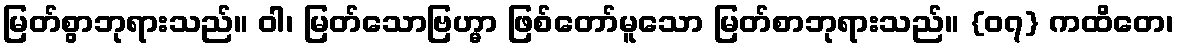
မြတ်စွာဘုရားသည်။ ဝါ၊ မြတ်သောဗြဟ္မာ ဖြစ်တော်မူသော မြတ်စာဘုရားသည်။ {၀၇} ကထိတေ၊